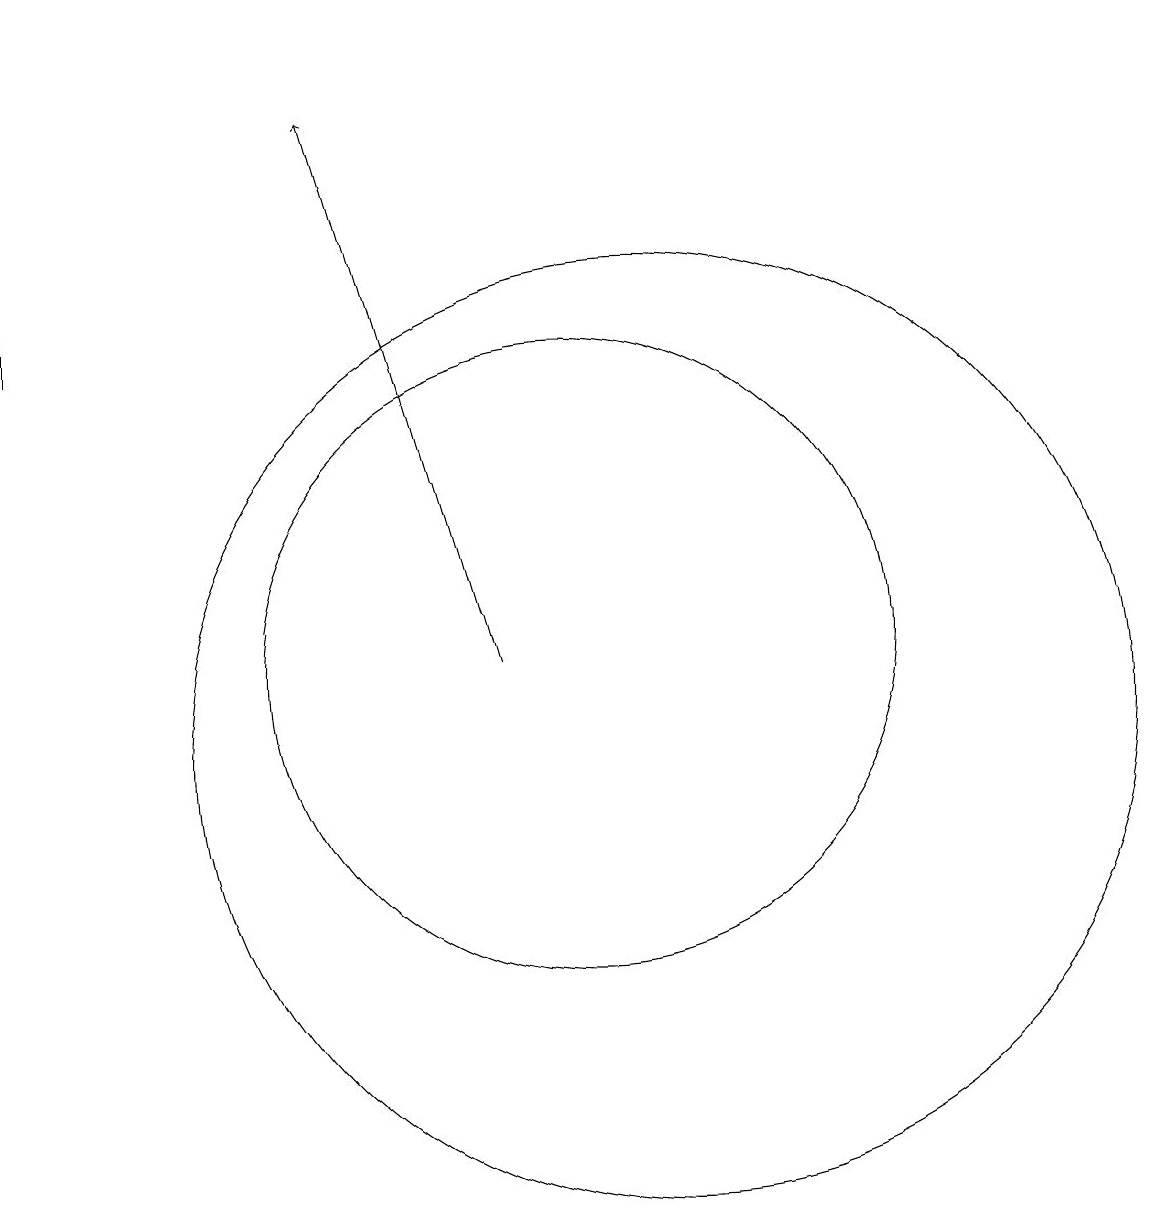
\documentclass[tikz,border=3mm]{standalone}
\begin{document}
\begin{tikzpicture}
\draw (11,11) circle (0);
\draw (11,10) circle (6);
\draw (10,11) circle (4);
\draw[->] (9,11) -- (7,18);
\draw[->] (3,15) -- (3,19);
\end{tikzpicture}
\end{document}